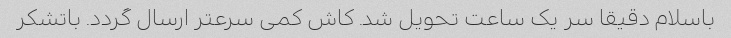
باسلام دقیقا سر یک ساعت تحویل شد. کاش کمی سرعتر ارسال گردد. باتشکر